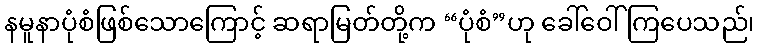
နမူနာပုံစံဖြစ်သောကြောင့် ဆရာမြတ်တို့က “ပုံစံ”ဟု ခေါ်ဝေါ်ကြပေသည်၊